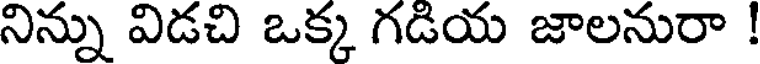
నిన్ను విడచి ఒక్క గడియ జాలనురా !